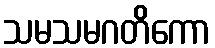
သမသမဂတိကော